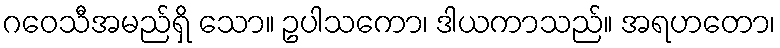
ဂဝေသီအမည်ရှိ သော။ ဥပါသကော၊ ဒါယကာသည်။ အရဟတော၊